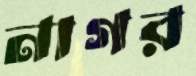
নাগর